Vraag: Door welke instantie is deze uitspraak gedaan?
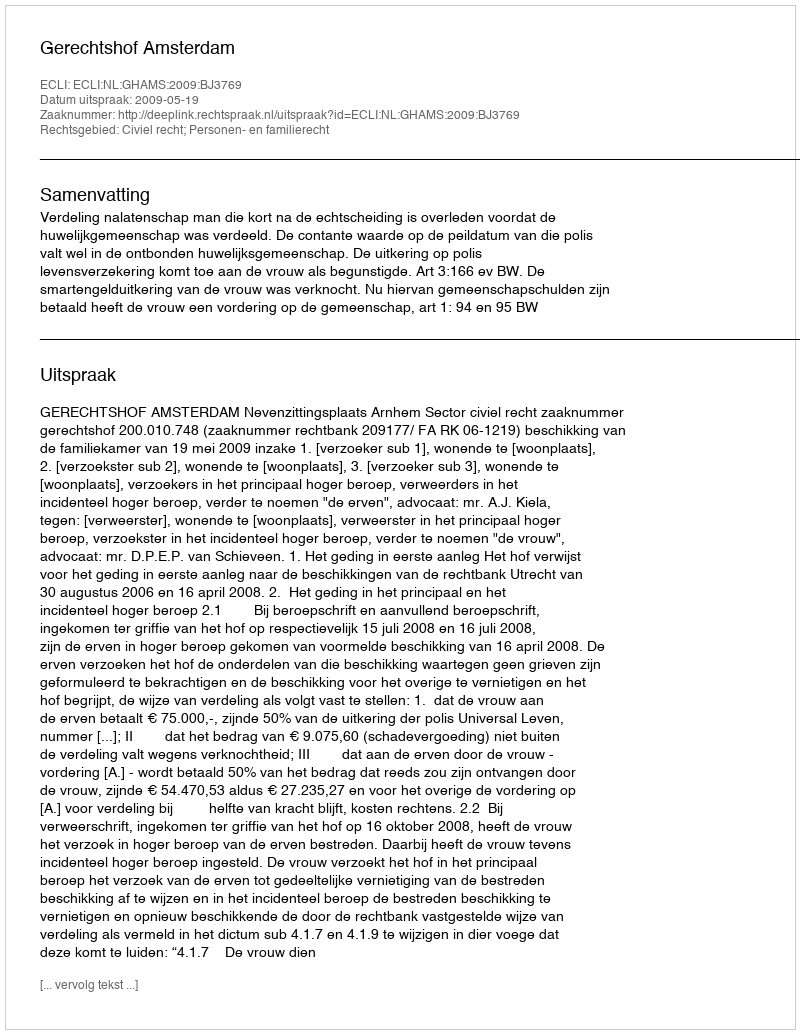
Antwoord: Gerechtshof Amsterdam